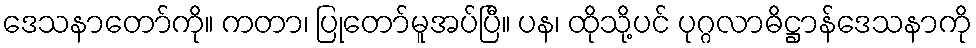
ဒေသနာတော်ကို။ ကတာ၊ ပြုတော်မူအပ်ပြီ။ ပန၊ ထိုသို့ပင် ပုဂ္ဂလာဓိဋ္ဌာန်ဒေသနာကို